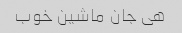
هی جان ماشین خوب